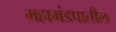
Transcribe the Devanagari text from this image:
महामंडपातील